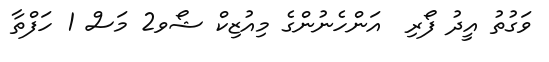
ވަގުތު އީދު ފޯރި  އަންހެނުންގެ މިއުޒިކް ޝޯވ2 މަސް 1 ހަފްތާ